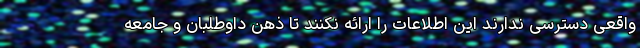
واقعی دسترسی ندارند این اطلاعات را ارائه نکنند تا ذهن داوطلبان و جامعه